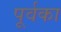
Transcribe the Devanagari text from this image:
पूर्वका